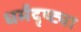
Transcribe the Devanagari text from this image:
धर्मदृष्ट्या